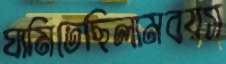
ঘামিতেছিলামবয়স